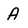
Character: A